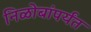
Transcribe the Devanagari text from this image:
निळोबांपर्यंत